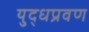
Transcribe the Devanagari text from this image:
युद्धप्रवण